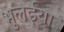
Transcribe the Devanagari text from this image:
भुलईया